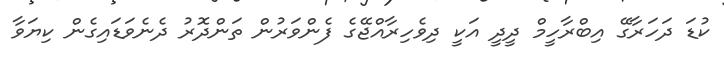
ކުޑަ ދަހަރާގޭ އިބްރާހީމް ދީދީ އަކީ ދިވެހިރާއްޖޭގެ ފެންވަރުން ތަންދޮރު ދެނެވަޑައިގެން ކިޔަވާ